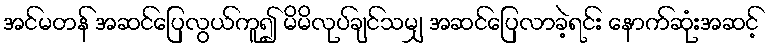
အင်မတန် အဆင်ပြေလွယ်ကူ၍ မိမိလုပ်ချင်သမျှ အဆင်ပြေလာခဲ့ရင်း နောက်ဆုံးအဆင့်